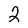
Character: 2